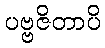
ပဗ္ဗဇိတာပိ